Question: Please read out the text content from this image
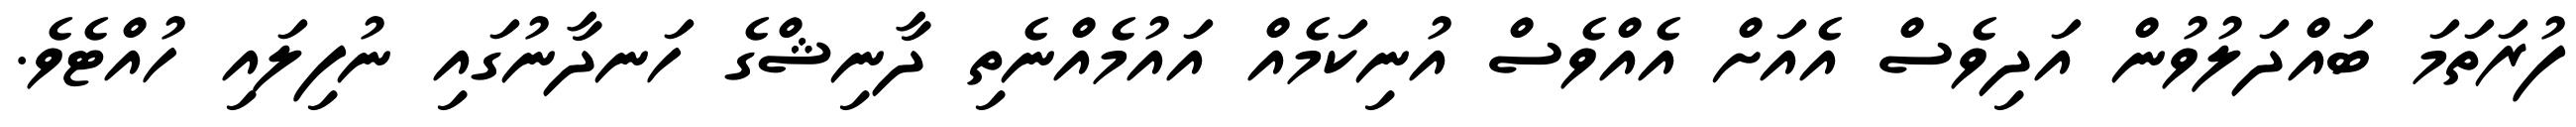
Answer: ފުރަތަމަ ބައްދަލުވުން އަދިވެސް އެއަށް އެއްވެސް އުނިކަމެއް އައުމެއްނެތި ދާނިޝްގެ ހަނދާނުގައި ނުފިލައި ހުއްޓެވެ.